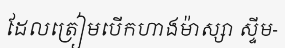
ដែលត្រៀមបើកហាងម៉ាស្សា ស្ទីម-